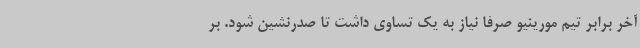
آخر برابر تیم مورینیو صرفا نیاز به یک تساوی داشت تا صدرنشین شود. بر